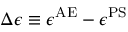
\Delta \epsilon \equiv \epsilon ^ { \mathrm { A E } } - \epsilon ^ { \mathrm { P S } }